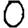
Digit: 0